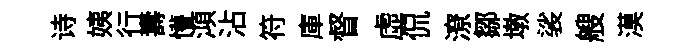
诗姨行夀懵澒沾符庫督虛侃潦鄒墩裟艘漠